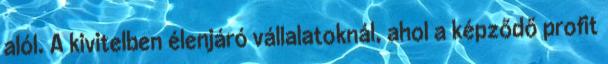
alól. A kivitelben élenjáró vállalatoknál, ahol a képződő profit